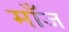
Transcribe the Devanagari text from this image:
माँज